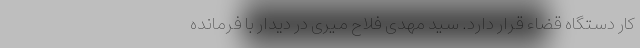
کار دستگاه قضاء قرار دارد. سید مهدی فلاح میری در دیدار با فرمانده